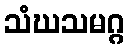
သံဃသမဂ္ဂ